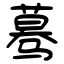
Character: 蓦